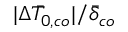
| \Delta \bar { T } _ { 0 , c o } | / \bar { \delta } _ { c o }